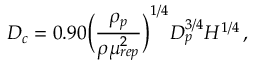
D _ { c } = 0 . 9 0 \bigg ( \frac { \rho _ { p } } { \rho \mu _ { r e p } ^ { 2 } } \bigg ) ^ { 1 / 4 } D _ { p } ^ { 3 / 4 } H ^ { 1 / 4 } \, ,